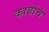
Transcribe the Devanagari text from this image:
काबोचे